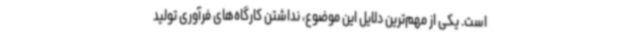
است. یکی از مهم‌ترین دلایل این موضوع، نداشتن کارگاه‌های فرآوری تولید